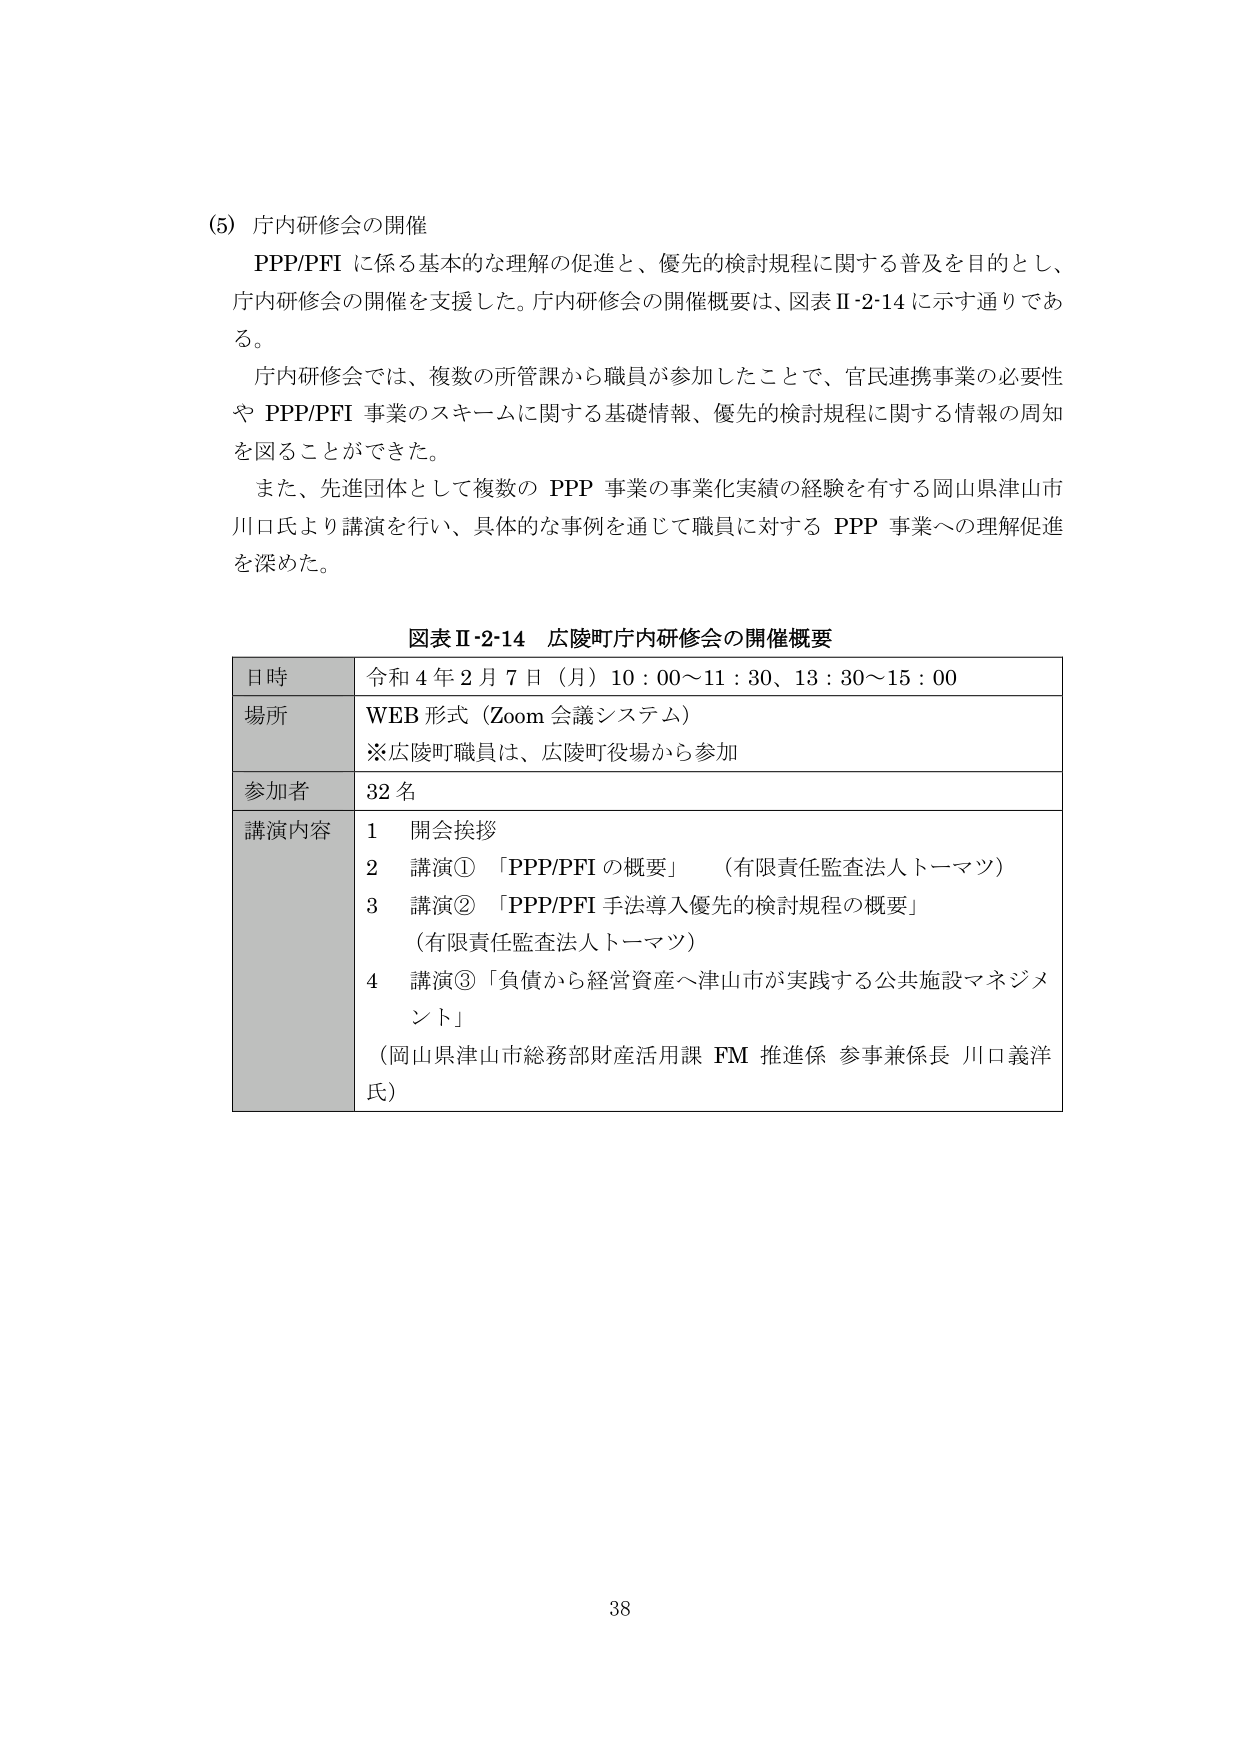
(5) 庁内研修会の開催
PPP/PFI に係る基本的な理解の促進と、優先的検討規程に関する普及を目的とし、
庁内研修会の開催を支援した。庁内研修会の開催概要は、図表Ⅱ-2-14 に示す通りであ
る。
庁内研修会では、複数の所管課から職員が参加したことで、官民連携事業の必要性
や PPP/PFI 事業のスキームに関する基礎情報、優先的検討規程に関する情報の周知
を図ることができた。
また、先進団体として複数の PPP 事業の事業化実績の経験を有する岡山県津山市
川口氏より講演を行い、具体的な事例を通じて職員に対する PPP 事業への理解促進
を深めた。

図表Ⅱ-2-14 広陵町庁内研修会の開催概要
日時 令和 4 年 2 月 7 日（月）10：00～11：30、13：30～15：00
場所 WEB 形式（Zoom 会議システム）
※広陵町職員は、広陵町役場から参加
参加者 32 名
講演内容 1 開会挨拶
2 講演①「PPP/PFI の概要」（有限責任監査法人トーマツ）
3 講演②「PPP/PFI 手法導入優先的検討規程の概要」
（有限責任監査法人トーマツ）
4 講演③「負債から経営資産へ津山市が実践する公共施設マネジメント」
（岡山県津山市総務部財産活用課 FM 推進係 参事兼係長 川口義洋氏）

38